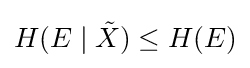
H(E\mid {\tilde {X}})\leq H(E)